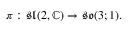
\pi : { \mathfrak { s l } } ( 2 , \mathbb { C } ) \to { \mathfrak { s o } } ( 3 ; 1 ) .